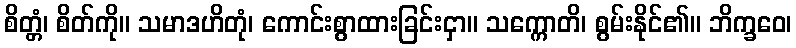
စိတ္တံ၊ စိတ်ကို။ သမာဒဟိတုံ၊ ကောင်းစွာထားခြင်းငှာ။ သက္ကောတိ၊ စွမ်းနိုင်၏။ ဘိက္ခဝေ၊